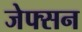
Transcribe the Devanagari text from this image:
जेफ्सन